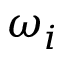
\omega _ { i }